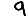
Digit: 9